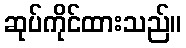
ဆုပ်ကိုင်ထားသည်။